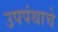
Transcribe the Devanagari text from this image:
उपपंथाचे